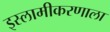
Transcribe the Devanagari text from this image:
इस्लामीकरणाला